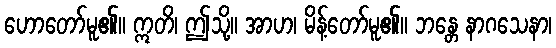
ဟောတော်မူ၏။ ဣတိ၊ ဤသို့။ အာဟ၊ မိန့်တော်မူ၏။ ဘန္တေ နာဂသေနာ၊